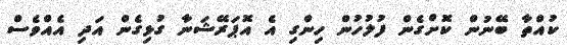
ކުއްތާ ބޭނުން ކޮށްގެން ފުލުހުން ހިންގި އެ އޮޕަރޭޝަނާ ގުޅިގެން އަދި އެއްވެސް